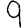
Digit: 9